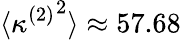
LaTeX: \langle{\kappa^{(2)}}^{2}\rangle\approx 57.68